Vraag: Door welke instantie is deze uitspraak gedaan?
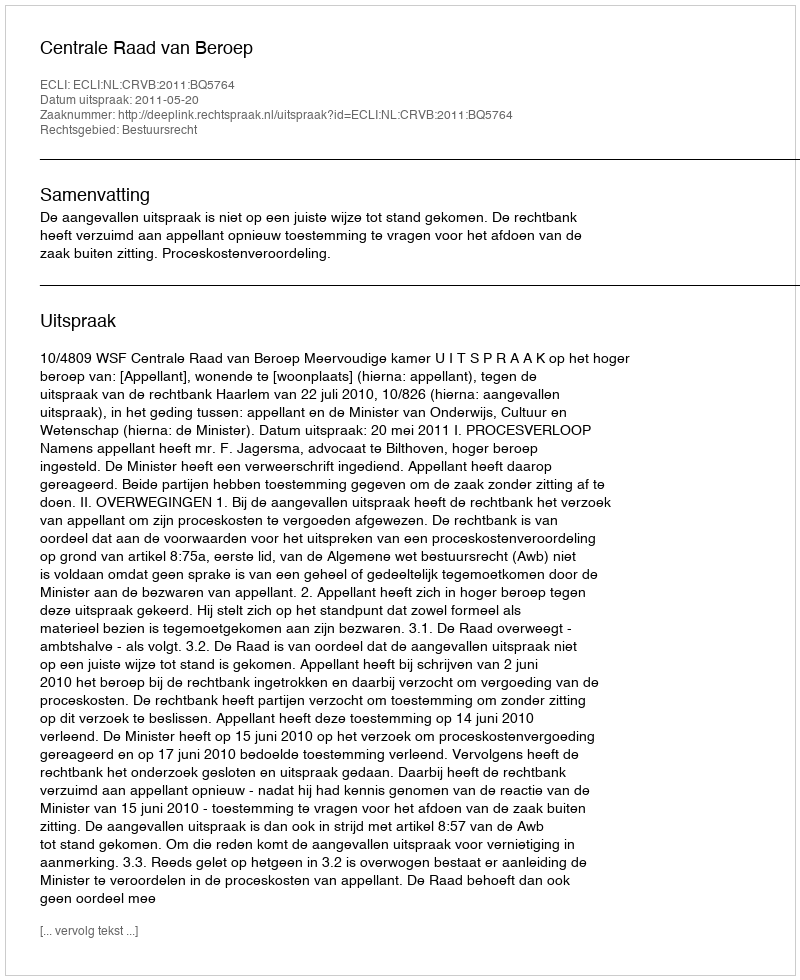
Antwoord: Centrale Raad van Beroep